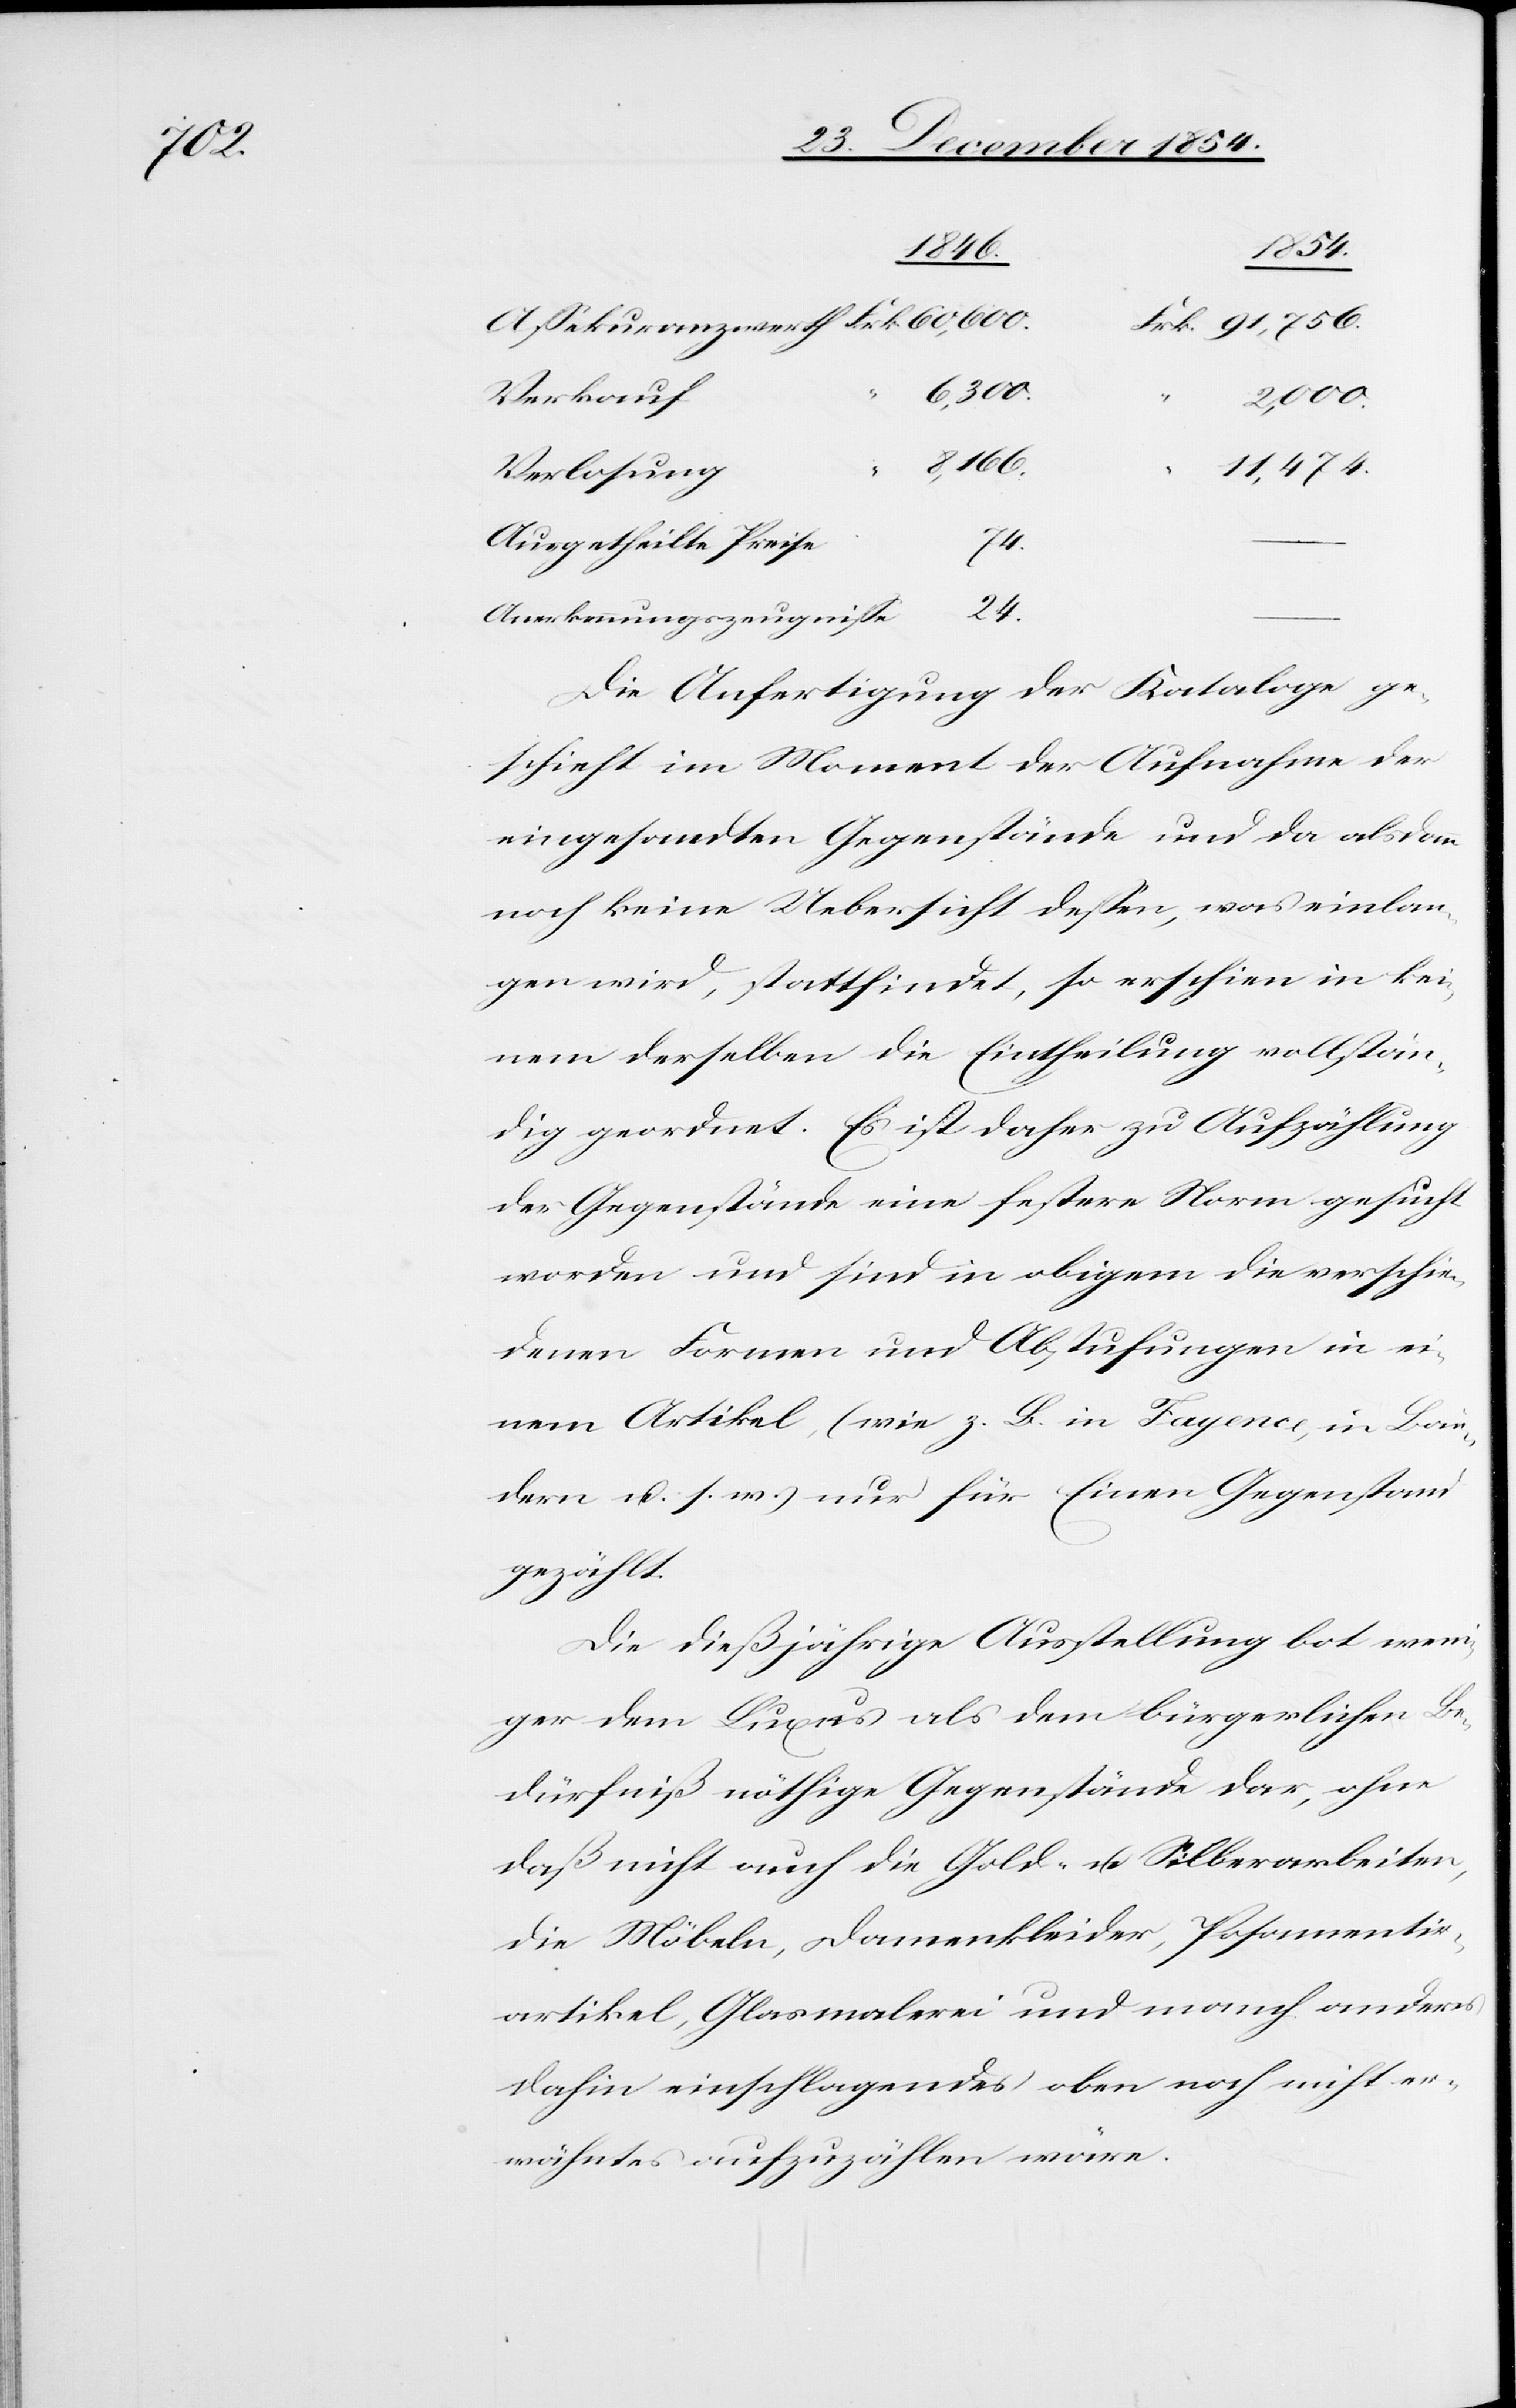
1846.
24.
Frk.
Verkauf
2,000.
Frk.
8,166.
11,474.
Verlosung
Ausgetheilte Preise
74.
Anerkennungszeugniße
Die Anfertigung der Kataloge ge¬
schieht im Moment der Aufnahme der
eingesandten Gegenstände und da alsdann
noch keine Uebersicht deßen, was einlan¬
gen wird, stattfindet, so erschien in kei¬
nem derselben die Eintheilung vollstän¬
dig geordnet. Es ist daher zu Aufzählung
der Gegenstände eine festere Norm gesucht
worden und sind in obigem die verschie¬
denen Formen und Abstufungen in ei¬
nem Artikel, (wie z. B. in Fayence, in Bän¬
dern u. s. w.) nur für Einen Gegenstand
gezählt.
Die dießjährige Ausstellung bot weni¬
ger dem Luxus als dem bürgerlichen Be¬
dürfniß nöthige Gegenstände dar, ohne
daß nicht auch die Gold- u. Silberarbeiten,
die Möbeln, Damenkleider, Posamentir¬
artikel, Glasmalerei und manch anderes
dahin einschlagendes oben noch nicht er¬
wähntes aufzuzählen wäre.